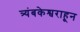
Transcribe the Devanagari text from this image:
त्र्यंबकेश्वराहून